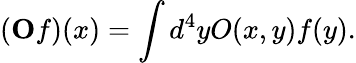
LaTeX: (\mathbf Of)(x)=\int d^{4}yO(x,y)f(y).